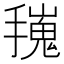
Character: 𢶟